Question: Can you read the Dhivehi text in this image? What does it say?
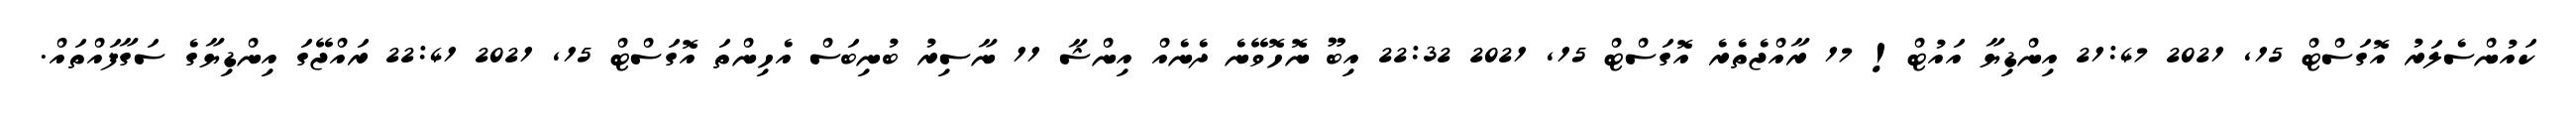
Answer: ކައުންސެލަރު އޮގަސްޓް 15, 2021 21:47 އިންޑިޔާ އައުޓް! 17 ރާއްޖެތެރެ އޮގަސްޓް 15, 2021 22:32 އިބޫ ނޮހޮވޭނެ ދެނެއް އިންޝާ 11 ނާސިރު ބުނިބަސް އެހިންތަ އޮގަސްޓް 15, 2021 22:41 ރައްޖޭގަ އިންޑިޔާގެ ސަގާފައްތައް.